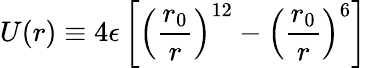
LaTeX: U(r)\equiv 4\epsilon\left[\left(\frac{r_{0}}{r}\right)^{12}-\left(\frac{r_{0}}{r}\right)^{6}\right]